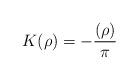
LaTeX: \begin{align*} K(\rho) = -\frac{ ( \rho ) }{ \pi } \end{align*}